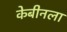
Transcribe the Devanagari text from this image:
केबीनला